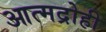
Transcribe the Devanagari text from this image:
आत्मद्रोही